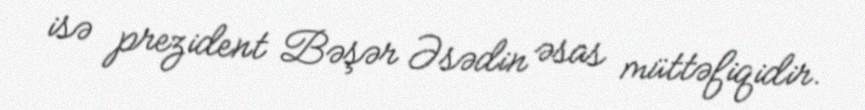
isə prezident Bəşər Əsədin əsas müttəfiqidir.